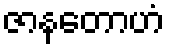
ဇာနတောဟံ